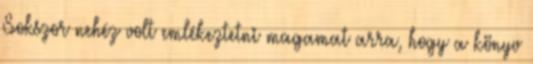
Sokszor nehéz volt emlékeztetni magamat arra, hogy a könyv